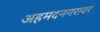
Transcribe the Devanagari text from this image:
अहमदनगरावर